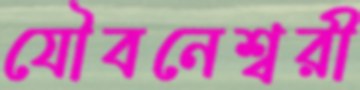
যৌবনেশ্বরী